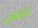
ليس